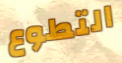
التطوع